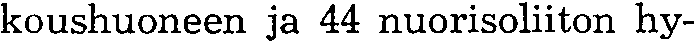
koushuoneen ja 44 nuorisoliiton hy-